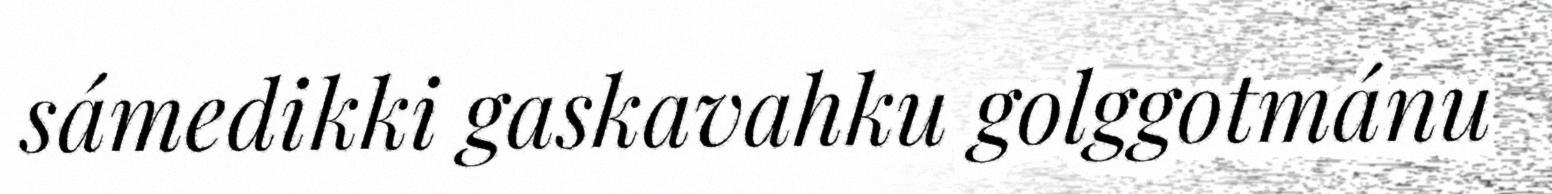
sámedikki gaskavahku golggotmánu